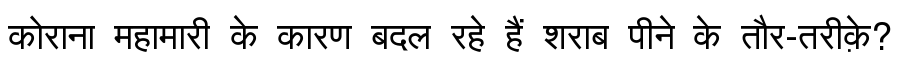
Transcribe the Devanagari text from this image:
कोराना महामारी के कारण बदल रहे हैं शराब पीने के तौर-तरीक़े?